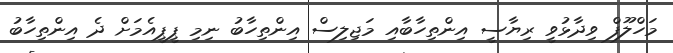
މަހްލޫފް ވިދާޅުވީ ރިޔާސީ އިންތިހާބާއި މަޖިލިސް އިންތިހާބު ނިމި ޕީޕީއެމަށް ދެ އިންތިހާބު